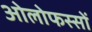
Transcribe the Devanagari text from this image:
ओलोफस्सों